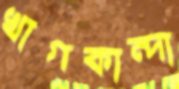
খাগকান্দা